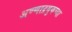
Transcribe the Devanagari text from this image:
अण्णाद्रमुकच्या